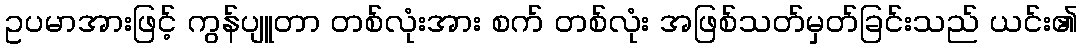
ဥပမာအားဖြင့် ကွန်ပျူတာ တစ်လုံးအား စက် တစ်လုံး အဖြစ်သတ်မှတ်ခြင်းသည် ယင်း၏